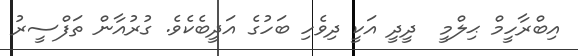
އިބްރާހީމް ޙިލްމީ  ދީދީ އަކީ ދިވެހި ބަހުގެ އަދީބެކެވެ. ގުރުއާން ތަފްސީރު